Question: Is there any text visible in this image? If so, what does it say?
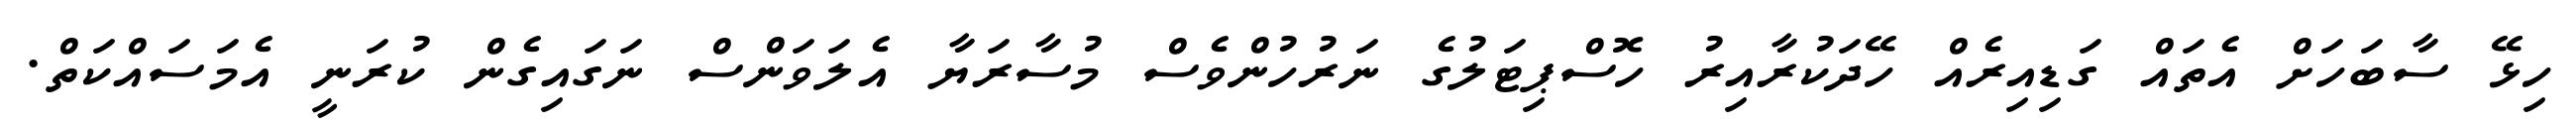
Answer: ހިޅޭ ސާބަހަށް އެތައް ގަޑިއިރެއް ހޭދަކުރާއިރު ހޮސްޕިޓަލުގެ ނަރުހުންވެސް މުސާރަޔާ އެލަވަންސް ނަގައިގެން ކުރަނީ އެމަސައްކަތް.